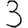
Digit: 3